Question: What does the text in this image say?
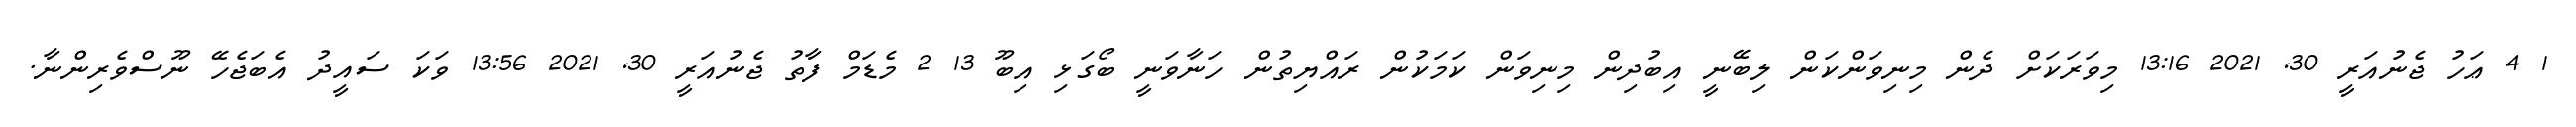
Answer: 1 4 ޢަހު ޖެނުއަރީ 30, 2021 13:16 މިވަރަކަށް ދެން މިނިވަންކަން ލިބޭނީ އިބުދިން މިނިވަން ކަމަކުން ރައްޔިތުން ހަނާވަނީ ބޯގަޅި އިބޫ 13 2 މެޑަމް ފާތު ޖެނުއަރީ 30, 2021 13:56 ވަކަ ސައީދު އެބަޖެހޭ ނޫސްވެރިންނާ.